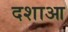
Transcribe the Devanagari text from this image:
दशाआ